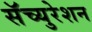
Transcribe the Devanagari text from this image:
सॅच्युरेशन